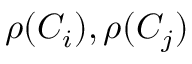
\rho ( C _ { i } ) , \rho ( C _ { j } )